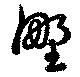
野